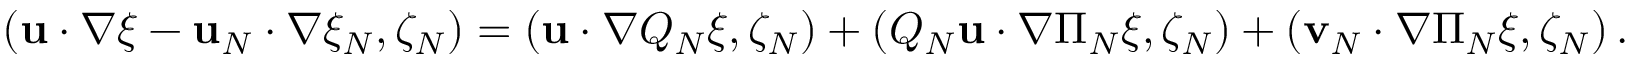
\begin{array} { r } { \left( \mathbf { u } \cdot \nabla \xi - \mathbf { u } _ { N } \cdot \nabla \xi _ { N } , \zeta _ { N } \right) = \left( \mathbf { u } \cdot \nabla Q _ { N } \xi , \zeta _ { N } \right) + \left( Q _ { N } \mathbf { u } \cdot \nabla \Pi _ { N } \xi , \zeta _ { N } \right) + \left( \mathbf { v } _ { N } \cdot \nabla \Pi _ { N } \xi , \zeta _ { N } \right) . } \end{array}